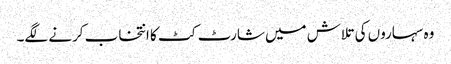
وہ سہاروں کی تلاش میں شارٹ کٹ کا انتخاب کرنے لگے۔